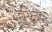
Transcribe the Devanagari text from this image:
हरिश्र्चंद्र